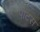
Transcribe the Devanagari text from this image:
पोटस